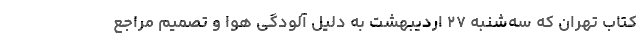
کتاب تهران که سه‌شنبه ۲۷ اردیبهشت به دلیل آلودگی هوا و تصمیم مراجع